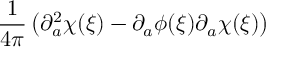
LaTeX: \frac { 1 } { 4 \pi } \left( \partial _ { a } ^ { 2 } \chi ( \xi ) - \partial _ { a } \phi ( \xi ) \partial _ { a } \chi ( \xi ) \right)